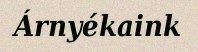
Árnyékaink